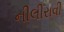
નીલીરાવી